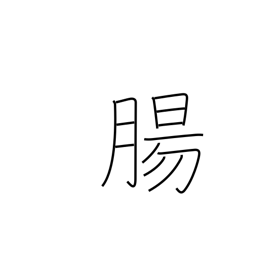
Meaning: intestines